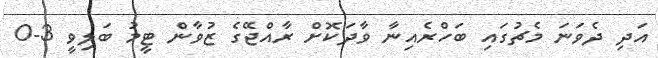
އަދި ދެވަނަ މެޗުގައި ބަހްރެއިނާ ވާދަކޮށް ރާއްޖޭގެ ޒުވާން ޓީމު ބަލިވީ 3-0